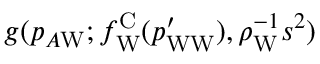
g ( p _ { A \mathrm { W } } ; f _ { \mathrm { W } } ^ { \mathrm { C } } ( p _ { \mathrm { W W } } ^ { \prime } ) , \rho _ { \mathrm { W } } ^ { - 1 } s ^ { 2 } )